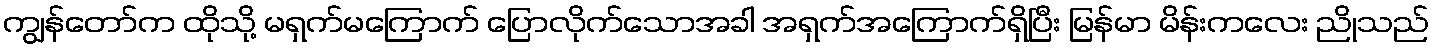
ကျွန်တော်က ထိုသို့ မရှက်မကြောက် ပြောလိုက်သောအခါ အရှက်အကြောက်ရှိပြီး မြန်မာ မိန်းကလေး ညိုသည်